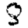
Digit: 8